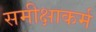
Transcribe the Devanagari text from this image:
समीक्षाकर्म